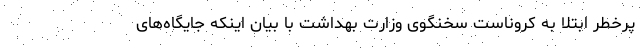
پرخطر ابتلا به کروناست سخنگوی وزارت بهداشت با بیان اینکه جایگاه‌های